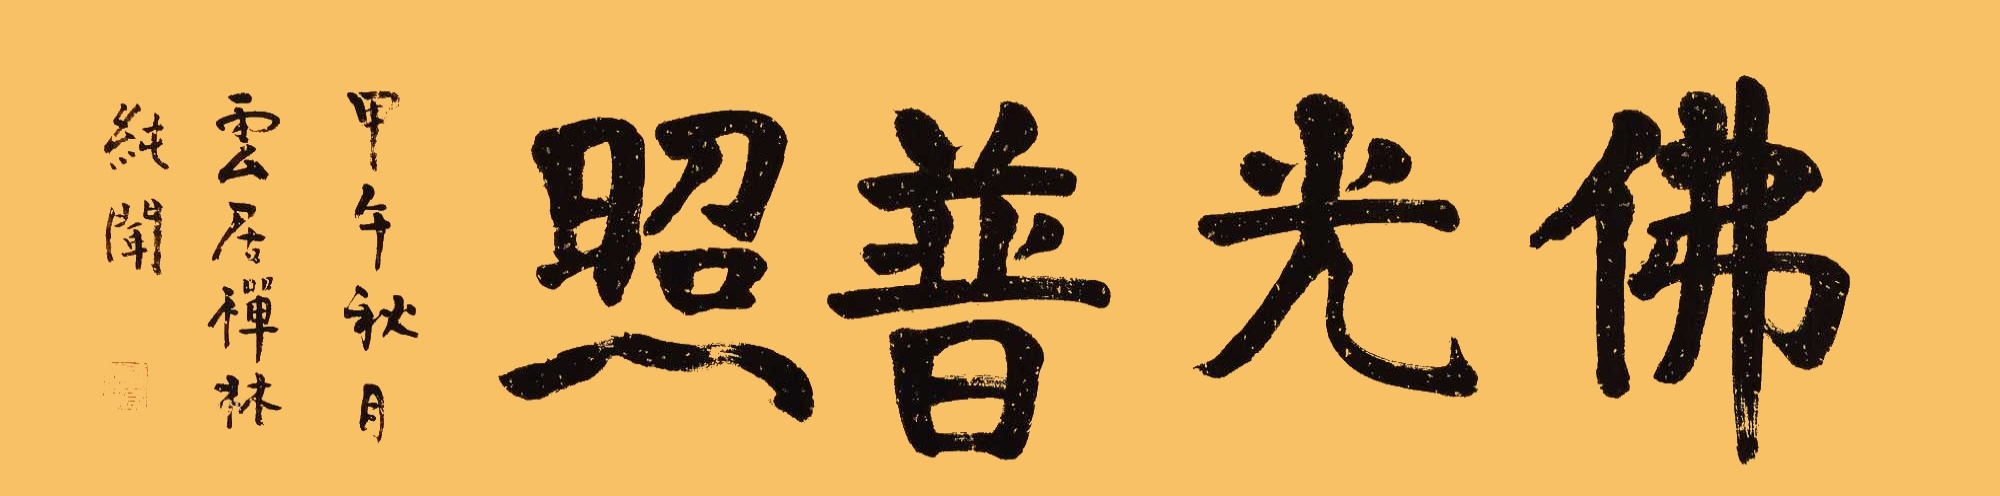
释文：佛光普照甲午秋月云居禅林纯闻